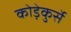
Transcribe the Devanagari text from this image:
कोड़ेकुर्से